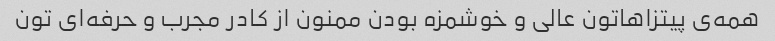
همه‌ی پیتزاهاتون عالی و خوشمزه بودن ممنون از کادر مجرب و حرفه‌ای تون